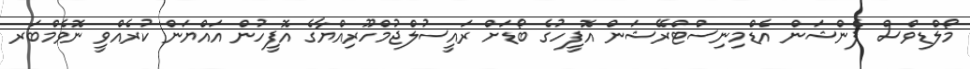
މޯލްޑިވްސް ޕެންޝަން އެޑްމިނިސްޓްރޭޝަން އޮފީހުގެ ބޯޑަށް ރައީސުލްޖުމްހޫރިއްޔާގެ އޮފީހުން އައްޔަން ކުރެއްވީ ނޮވެމްބަރ